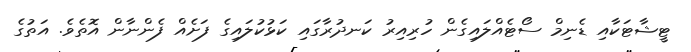
ޓީޝާޓަކާއި ޑެނިމް ސޯޓެއްލައިގެން ހުރިއިރު ކަނދުރާގައި ކަޅުކުލައިގެ ފަށެއް ފެންނާން އޮތެވެ. އަތުގެ